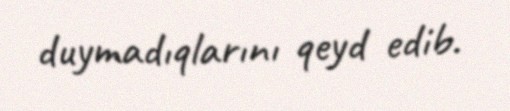
duymadıqlarını qeyd edib.